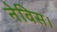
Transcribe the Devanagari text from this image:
नेविस।